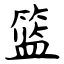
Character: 篮